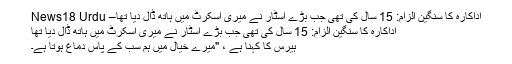
اداکارہ کا سنگین الزام: 15 سال کی تھی جب بڑے اسٹار نے میری اسکرٹ میں ہاتھ ڈال دیا تھا– News18 Urdu
اداکارہ کا سنگین الزام: 15 سال کی تھی جب بڑے اسٹار نے میری اسکرٹ میں ہاتھ ڈال دیا تھا
ہیرس کا کہنا ہے ، "میرے خیال میں ہم سب کے پاس دماغ ہوتا ہے۔